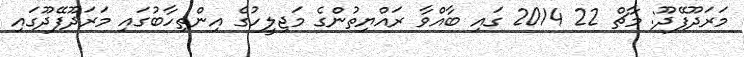
މަރަދޫފޭދޫ: މާޗް 22 2014 ގައި ބާއްވާ ރައްޔިތުންގެ މަޖިލީހުގެ އިންތިހާބުގައި މަރަދޫފޭދޫގައި